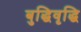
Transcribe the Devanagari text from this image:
बुद्धिवृद्धि